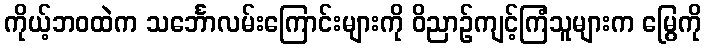
ကိုယ့်ဘဝထဲက သင်္ဘောလမ်းကြောင်းများကို ဝိညာဉ်ကျင့်ကြံသူများက မြွေကို